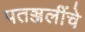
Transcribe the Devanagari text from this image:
पतञ्जलींचे